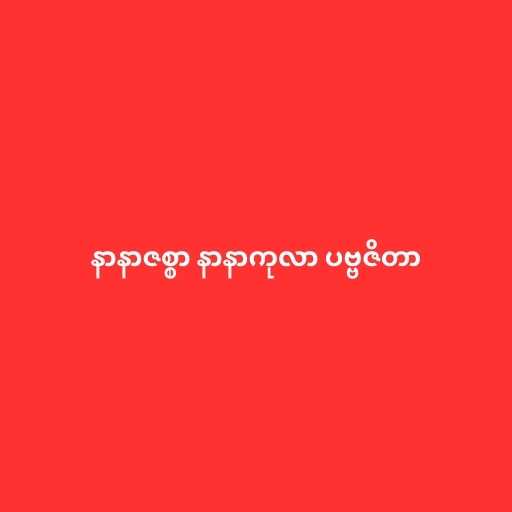
နာနာဇစ္စာ နာနာကုလာ ပဗ္ဗဇိတာ